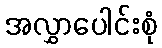
အလွှာပေါင်းစုံ